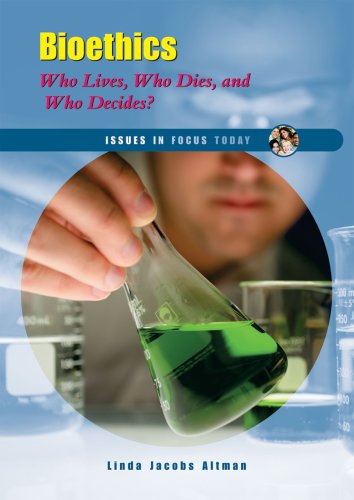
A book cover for Bioethics: Who Lives, Who Dies, and Who Decides? (Issues in Focus Today); Linda Jacobs Altman; Teen & Young Adult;